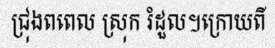
ជ្រុងពពេល ស្រុក រំដួល។ក្រោយពី